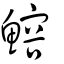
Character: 鰫